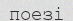
поезі